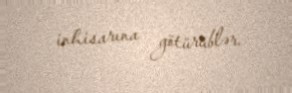
inhisarına götürüblər.